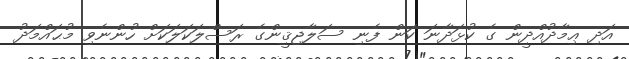
އަދި ޢިމާދުއްދީން ގެ ކުޅަދާނަ ކަން ފެނި ސަލާޖިޤީންގެ ރަސްލަކަލަކަށް ހުންނެވި މުޙައްމަދު